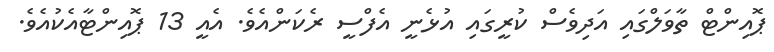
ޕޮއިންޓް ތާވަލްގައި އަދިވެސް ކުރީގައި އުޅެނީ އެފްސީ ރެކަންއެވެ. އެއީ 13 ޕޮއިންޓާއެކުއެވެ.